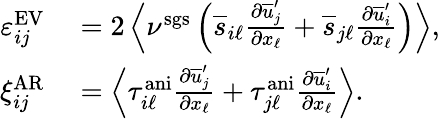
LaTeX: \begin{array}{rl}{\varepsilon_{ij}^{\mathrm{EV}}}&{{}=2\left<\nu^{\mathrm{sgs}}\left(\overline{{s}}_{i\ell}\frac{\partial\overline{{u}}_{j}^{\prime}}{\partial x_{\ell}}+\overline{{s}}_{j\ell}\frac{\partial\overline{{u}}_{i}^{\prime}}{\partial x_{\ell}}\right)\right>,}\\ {\xi_{ij}^{\mathrm{AR}}}&{{}=\left<\tau_{i\ell}^{\mathrm{ani}}\frac{\partial\overline{{u}}_{j}^{\prime}}{\partial x_{\ell}}+\tau_{j\ell}^{\mathrm{ani}}\frac{\partial\overline{{u}}_{i}^{\prime}}{\partial x_{\ell}}\right>.}\end{array}